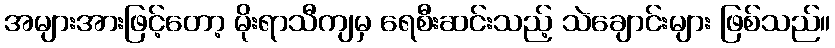
အများအားဖြင့်တော့ မိုးရာသီကျမှ ရေစီးဆင်းသည့် သဲချောင်းများ ဖြစ်သည်။